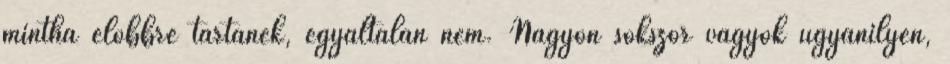
mintha előbbre tartanék, egyáltalán nem. Nagyon sokszor vagyok ugyanilyen,